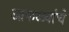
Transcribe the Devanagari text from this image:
आफळ्यांचे